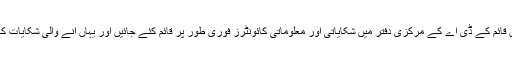
انہوں نے ڈی جی کے ڈی اے کو ہدایات دی کہ سوک سینٹر میں قائم کے ڈی اے کے مرکزی دفتر میں شکایاتی اور معلوماتی کائونٹرز فوری طور پر قائم کئے جائیں اور یہاں آنے والی شکایات کے فوری ازالے کے لئے ہنگامی بنیادوں پر اقدامات کئے جائیں۔